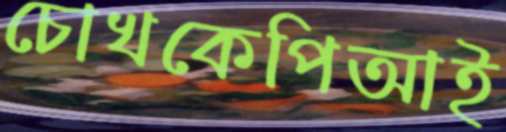
চোখকেপিআই